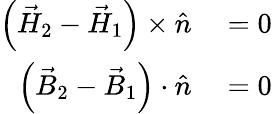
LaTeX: \begin{array}{rl}{\left({\vec{H}}_{2}-{\vec{H}}_{1}\right)\times{\hat{n}}}&{{}=0}\\ {\left({\vec{B}}_{2}-{\vec{B}}_{1}\right)\cdot{\hat{n}}}&{{}=0}\end{array}